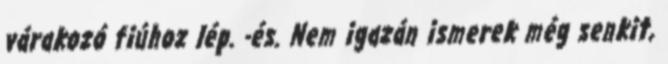
várakozó fiúhoz lép. -és. Nem igazán ismerek még senkit,